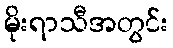
မိုးရာသီအတွင်း